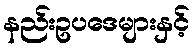
နည်းဥပဒေများနှင့်